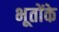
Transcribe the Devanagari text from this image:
भूतोंके